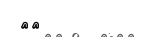
٢٩